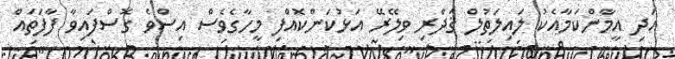
އަދި އީމާންކަމާއެކު ލައިލަތުލް ޤަދްރި ވިލޭރޭ އަޅުކަންކޮއްފި މީހާގެވެސް އިސްވެ ގޮސްފައިވާ ފާފަތައް